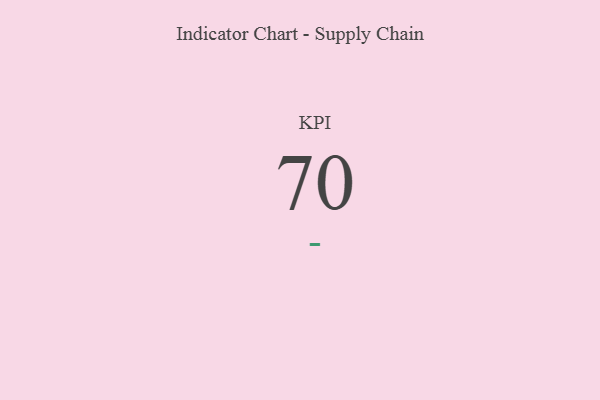
{"axis": {"x": "KPI", "y": "Value"}, "legend": [""], "data": [{"x": "KPI", "y": 70, "type": ""}]}